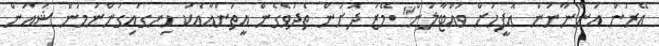
އޭރުން އަންނާނަން އޮފީހަށް ވައްޓާލަން" މޭޒު ދޮށުން ތެދުވެގެން އީތަންއާއެކު ހިނގައިގަންނަމުން ޝައުން